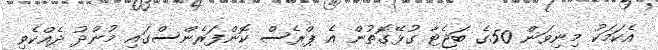
އެކަމަކު މިނިވަން 50ގެ ބަޖެޓާ ގުޅޭގޮތުން އެ ޕްރެސް ކޮންފަރެންސްގައި މުންދު ދެއްކެވި